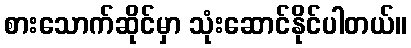
စားသောက်ဆိုင်မှာ သုံးဆောင်နိုင်ပါတယ်။